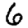
Digit: 6